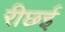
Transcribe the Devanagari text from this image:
रीछई